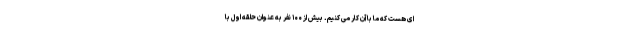
ای هست که ما با آن کار می کنیم. بیش از ۱۰۰ نفر به عنوان حلقه اول با